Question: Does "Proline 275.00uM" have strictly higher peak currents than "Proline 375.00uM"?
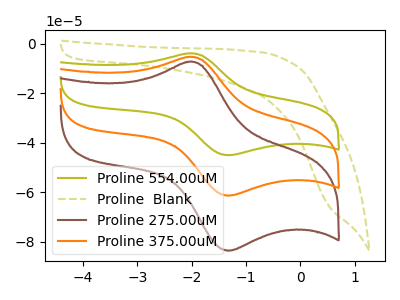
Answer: <think>The olive curve "Proline 554.00uM" has an anodic peak at (-2.05V, -10.75uA) and a cathodic peak at (-1.30V, -122.75uA). The olive dashed curve "Proline  Blank" has no peaks. The brown curve "Proline 275.00uM" has an anodic peak at (-2.05V, -7.30uA) and a cathodic peak at (-1.30V, -83.60uA). The orange curve "Proline 375.00uM" has an anodic peak at (-2.05V, -5.35uA) and a cathodic peak at (-1.30V, -61.35uA).</think>
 <answer>The peaks in "Proline 275.00uM" are neither all higher or all lower than the peaks in "Proline 375.00uM".</answer>
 <eval>mixed</eval>